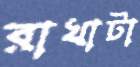
রাখাটা